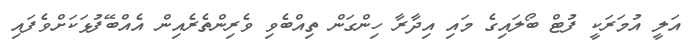
އަލީ އުމަރަކީ ފުޓް ބޯލައިގެ މައި އިދާރާ ހިންގަން ތިއްބެވި ވެރިންތެރެއިން އެއްބޭފުޅަކަށްވެފައި